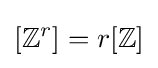
[\mathbb {Z} ^{r}]=r[\mathbb {Z} ]